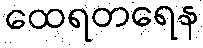
ထေရတရေန